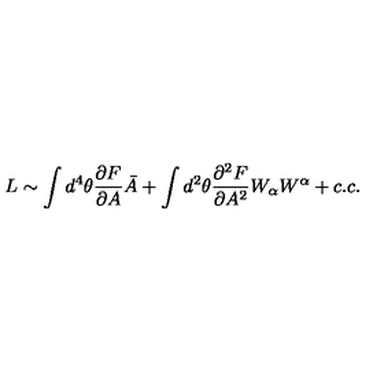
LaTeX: L \sim \int d ^ { 4 } \theta { \frac { \partial F } { \partial A } } \bar { A } + \int d ^ { 2 } \theta { \frac { \partial ^ { 2 } F } { \partial A ^ { 2 } } } W _ { \alpha } W ^ { \alpha } + c . c .